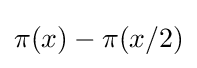
\pi (x)-\pi (x/2)